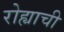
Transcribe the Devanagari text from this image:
रोह्याची